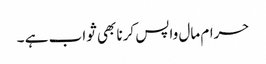
حرام مال واپس کرنا بھی ثواب ہے ۔